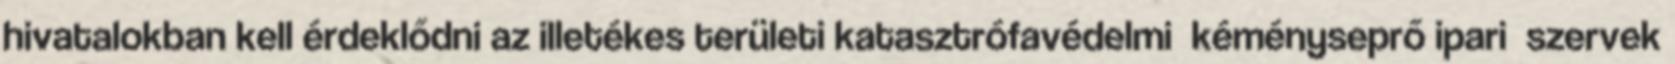
hivatalokban kell érdeklődni az illetékes területi katasztrófavédelmi kéményseprő ipari szervek